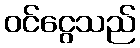
ဝင်ငွေသည်